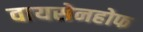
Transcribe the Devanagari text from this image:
वायसेनहोफ